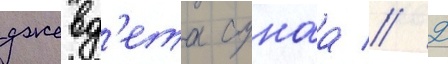
джевд'ета сунаа // 2